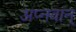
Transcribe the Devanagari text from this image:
अप्नवान्